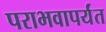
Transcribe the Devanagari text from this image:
पराभवापर्यंत